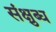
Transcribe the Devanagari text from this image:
संक्षुब्ध